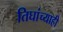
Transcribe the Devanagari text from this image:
तिघांच्याही